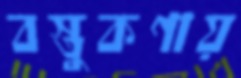
বস্তুকণায়